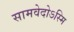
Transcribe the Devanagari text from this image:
सामवेदोऽस्मि